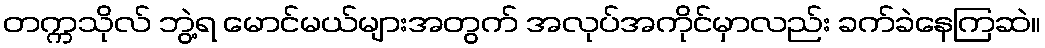
တက္ကသိုလ် ဘွဲ့ရ မောင်မယ်များအတွက် အလုပ်အကိုင်မှာလည်း ခက်ခဲနေကြဆဲ။